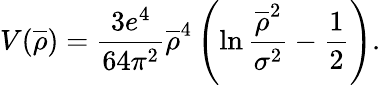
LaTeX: V(\overline{{{\rho}}})=\frac{3e^{4}}{64\pi^{2}}\overline{{{\rho}}}^{4}\left(\ln\frac{\overline{{{\rho}}}^{2}}{\sigma^{2}}-\frac{1}{2}\right).